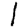
Digit: 1